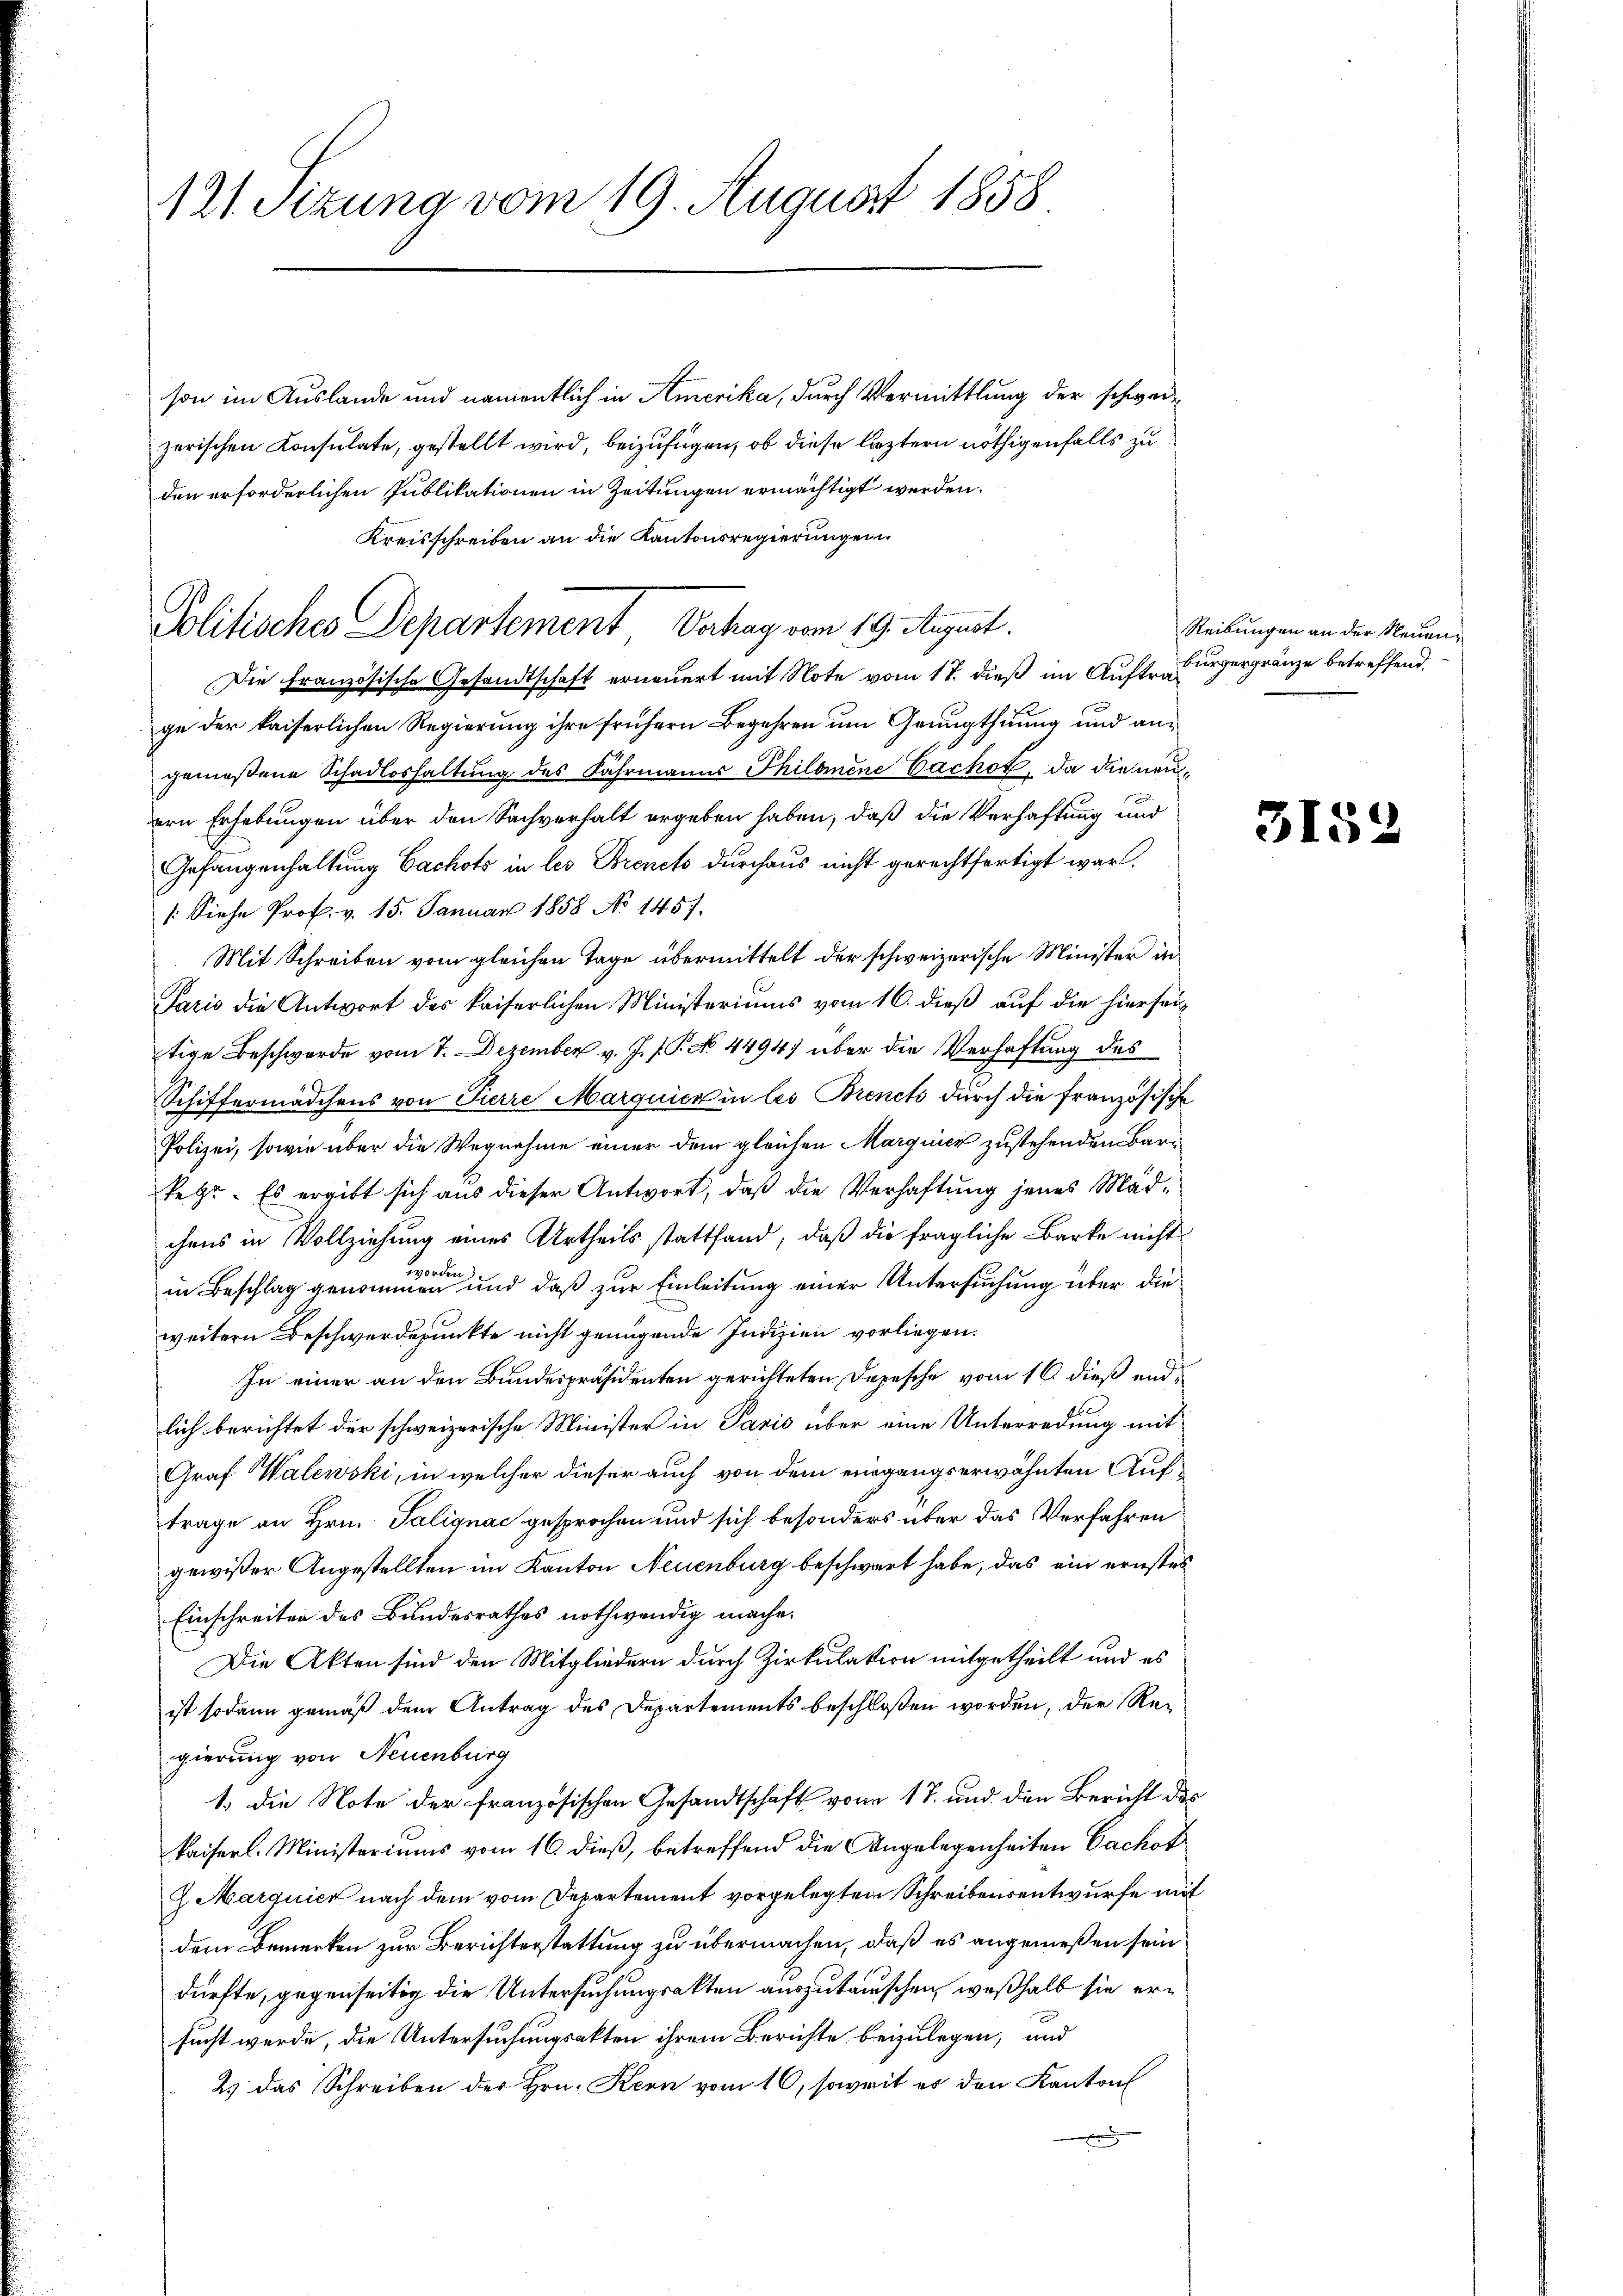
121. Sizung vom 19. August 1858

son im Auslande und namentlich in Amerika, durch Vermittlung der schwerzerischen Konsulate, gestellt wird, beizufügen, ob diese leztern nöthigenfalls zu
den erforderlichen Publikationen in Zeitungen ermächtigt werden.
Kreisschreiben an die Kantonsregierungen
Die Französische Gesandtschaft erneuert mit Note vom 17. dieß im Aufte Burgergränze betreffend
ge der kaiserlichen Regierung ihre frühern Begehren um Grängthuung und angenießene Schadloshaltung des Fahrmanns Philomene Cachof, da die neuern Erhebungen über den Sachverhalt ergeben haben, daß die Verhaftung und
Gefangenhaltung Cachots in les Brenck durchaus nicht gerechtfertigt war.
/: Siehe Prof. v. 15. Januar 1858 No 1457.
Mit Schreiben vom gleichen Tage übermittelt der schweizerische Minister in
Paris die Antwort des kaiserlichen Ministeriums vom 16. dieß auf die hierseitige Beschwerde vom 7. Dezember v. J. J. P. No. 4494) über die Verhaftung des
Schiffermädchens von Pierre Marquick in les Brenck durch die französische
Polizei, sowie über die Wegnahme einer dem gleichen Marguer zustehenden Barsetze. Es ergibt sich aus dieser Antwort, daß die Verhaftung jenes Mädchens in Vollziehung eines Urtheils stattfand, daß die fragliche Barke nicht
in Beschlag genommen und daß zur Einleitung einer Untersuchung über dieweitern Beschwerdepunkte nicht genügende Indizien vorliegen.
In einer an den Bundespräsidenten gerichteten Depesche vom 16. dieß endlich berichtet der schweizerische Minister in Paris über eine Unterredung mit
Graf Walewski, in welcher dieser auch von dem eingangserwähnten Auftrage an Hrn. Talignac gesprochen und sich besonders über das Verfahren
gewißer Angestellten im Kanton Neuenburg beschwert habe, das ein ernstes
Einschreiten des Bundesrathes nothwendig mache.
Die Akten sind den Mitgliedern durch Zirkulation mitgetheilt und es
ist sodann gemäß dem Antrag des Departements beschloßen worden, der Regierung von Neuenburg
1.) Die Note der französischen Gesandtschaft von 17. und den Bericht des
kaiserl. Ministeriums vom 16 dieß, betreffend die Angelegenheiten Cachof
9. Marquier nach dem vom Departement vorgelegten Schreibensentwurfe mit
dem Bemerken zur Berichterstattung zu übermachen, daß es angemeßen sein
dürfte, gegenseitig die Untersuchungsakten auszutauschen, weßhalb sie ersucht werde, die Untersuchungsakten ihrem Berichte beizulegen, und
2) das Schreiben der Hrn. Kern vom 16. soweit es den Kanton

Politisches Departement Dahay vom 19. August.

Reibungen an der Neuen¬

3152